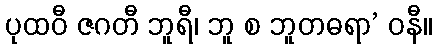
ပုထဝီ ဇဂတီ ဘူရီ၊ ဘူ စ ဘူတဓရာ’ ဝနီ။